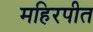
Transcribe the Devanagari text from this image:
महिरपीत